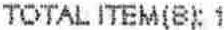
TOTAL ITEM(B): 1